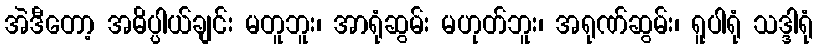
အဲဒီတော့ အဓိပ္ပါယ်ချင်း မတူဘူး၊ အာရုံဆွမ်း မဟုတ်ဘူး၊ အရုဏ်ဆွမ်း၊ ရူပါရုံ သဒ္ဒါရုံ